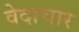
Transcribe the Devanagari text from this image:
वेदाचार